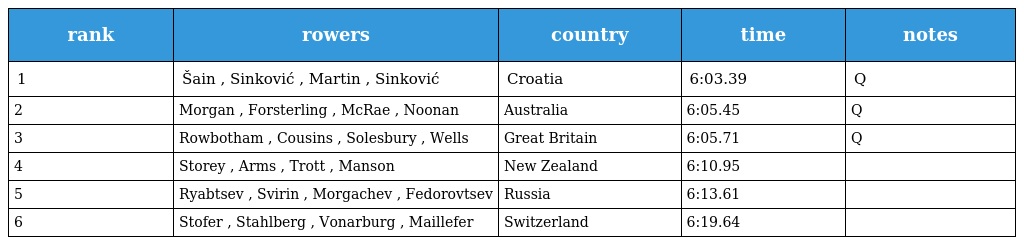
| rank | rowers | country | time | notes |
 | --- | --- | --- | --- | --- |
 | 1 | Šain , Sinković , Martin , Sinković | Croatia | 6:03.39 | Q |
 | 2 | Morgan , Forsterling , McRae , Noonan | Australia | 6:05.45 | Q |
 | 3 | Rowbotham , Cousins , Solesbury , Wells | Great Britain | 6:05.71 | Q |
 | 4 | Storey , Arms , Trott , Manson | New Zealand | 6:10.95 |  |
 | 5 | Ryabtsev , Svirin , Morgachev , Fedorovtsev | Russia | 6:13.61 |  |
 | 6 | Stofer , Stahlberg , Vonarburg , Maillefer | Switzerland | 6:19.64 |  |